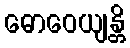
ဓောဝေယျန္တိ